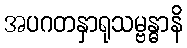
အပဂတနှာရုသမ္ဗန္ဓာနိ